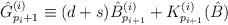
LaTeX: \begin{align*}{\hat G}^{(i)}_{p_i+1}\equiv (d+s) {\hat B }^{(i)}_{p_{i+1}}+ { K}^{(i)}_{p_{i+1}}(\hat B )\end{align*}